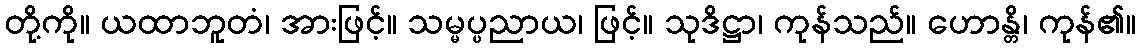
တို့ကို။ ယထာဘူတံ၊ အားဖြင့်။ သမ္မပ္ပညာယ၊ ဖြင့်။ သုဒိဋ္ဌာ၊ ကုန်သည်။ ဟောန္တိ၊ ကုန်၏။